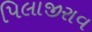
પિલાજીરાવ